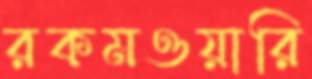
রকমওয়ারি